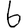
Digit: 6